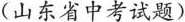
(山东省中考试题)